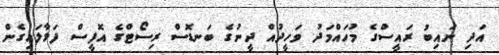
އަދި ނައިބު ރައީސްގެ މުހައްމަދު ވަހީދުއް ދީނުގެ ބަނޑޮސް ރިސޯޓްގެ އޮފީސް ފަޅާލައިގެން